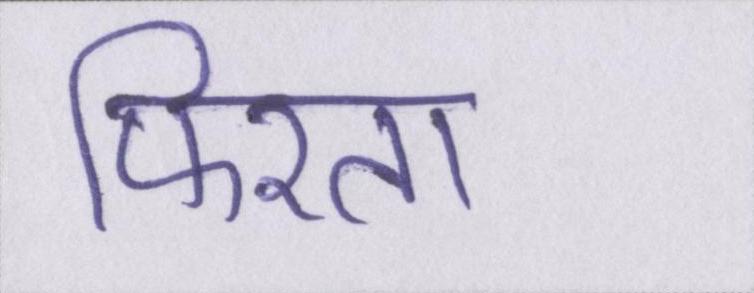
फिरता